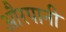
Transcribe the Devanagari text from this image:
औरपानी